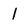
Character: l